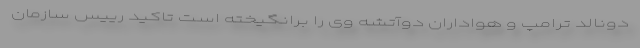
دونالد ترامپ و هواداران دوآتشه وی را برانگیخته است تاکید رییس سازمان